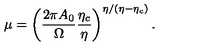
\mu = \left( \frac { 2 \pi A _ { 0 } } { \Omega } \frac { \eta _ { c } } { \eta } \right) ^ { \eta / ( \eta - \eta _ { c } ) } .